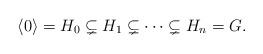
LaTeX: \begin{align*} \langle 0 \rangle = H_0 \subsetneq H_1 \subsetneq \cdots\subsetneq H_n = G.\end{align*}